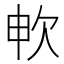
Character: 𣢘